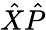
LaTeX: {\hat{X}}{\hat{P}}